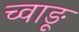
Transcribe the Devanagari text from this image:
च्वाङू